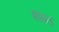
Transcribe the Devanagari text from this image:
फांगला